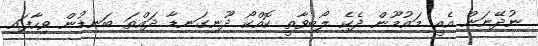
ނުދޭނަން އެއީ މައުމޫން ދެކެ ލޯބިވާތީ ކޮއްކޯ ދޫނިގަނޑާ ދައްތަ ބަނޑުން ވިހާފައި